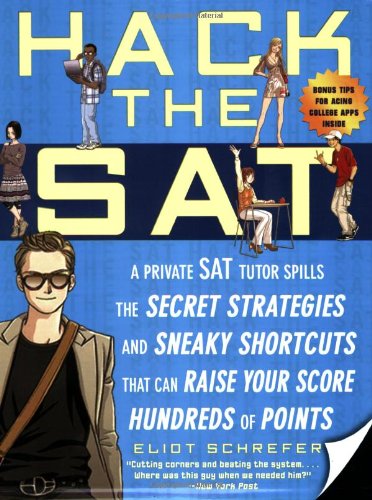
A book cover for Hack the SAT: Strategies and Sneaky Shortcuts That Can Raise Your Score Hundreds of Points; Eliot Schrefer; Computers & Technology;